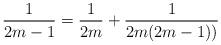
LaTeX: \begin{align*}\frac{1}{2m-1} = \frac{1}{2m} + \frac{1}{2m(2m-1))} \end{align*}